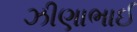
ઝીણાભાઈ